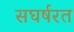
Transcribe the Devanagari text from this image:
सघर्षरत